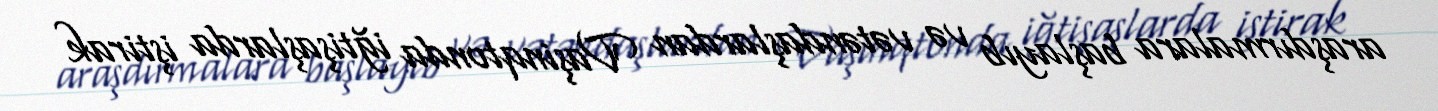
araşdırmalara başlayıb və vətəndaşlardan Vaşinqtonda iğtişaşlarda iştirak